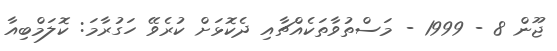
ޖޫން 8 - 1999 - މަސްތުވާތަކެއްޗާއި ދެކޮޅަށް ކުރެވޭ ހަގުރާމަ: ކޮލަމްބިއާ